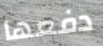
دفعها